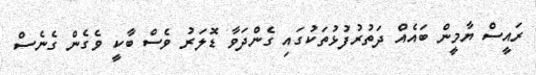
ރައީސް ޔާމީން ބައެއް ދަތުރުފުޅުތަކުގައި ގެންދަވާ ޑޮލަރު ވެސް ބާކީ ވެގެން ގެނެސް